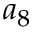
a _ { 8 }